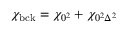
\chi _ { \mathrm { b c k } } = \chi _ { 0 ^ { 2 } } + \chi _ { 0 ^ { 2 } \Delta ^ { 2 } }